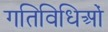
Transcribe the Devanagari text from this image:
गतिविधिओं